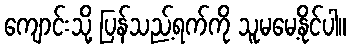
ကျောင်းသို့ ပြန်သည့်ရက်ကို သူမမေ့နိုင်ပါ။